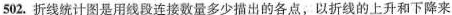
502.折线统计图是用线段连接数量多少描出的各点，以折线的上升和下降来